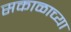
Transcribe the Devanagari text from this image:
सकाळाच्या